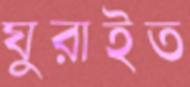
ঘুরাইত